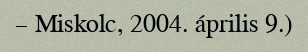
– Miskolc, 2004. április 9.)